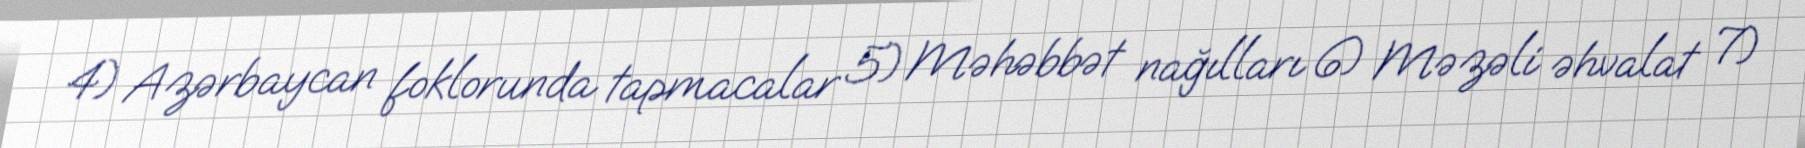
4) Azərbaycan foklorunda tapmacalar 5) Məhəbbət nağılları 6) Məzəli əhvalat 7)